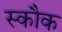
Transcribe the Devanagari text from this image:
स्कौक